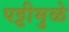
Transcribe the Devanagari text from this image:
पट्टीमुळे